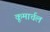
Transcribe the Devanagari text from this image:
कूमार्चल